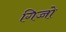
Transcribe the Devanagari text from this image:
गिच्चो